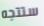
ستتجه